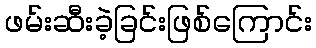
ဖမ်းဆီးခဲ့ခြင်းဖြစ်ကြောင်း